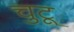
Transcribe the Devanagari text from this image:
चुटू